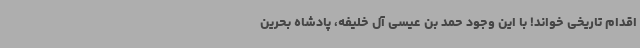
اقدام تاریخی خواند! با این وجود حمد بن عیسی آل خلیفه، پادشاه بحرین